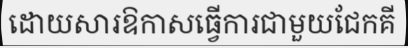
ដោយសារឱកាសធ្វើការជាមួយជែកគី